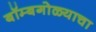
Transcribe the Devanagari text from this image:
बॉम्बगोळ्याचा